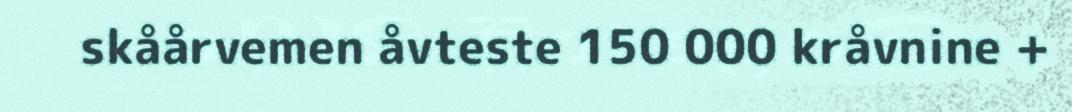
skåårvemen åvteste 150 000 kråvnine +